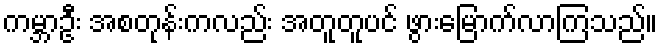
ကမ္ဘာဦး အစတုန်းကလည်း အတူတူပင် ဖွားမြောက်လာကြသည်။